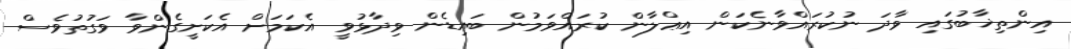
އިންތިޚާބުގައި ވާދަ ނުކުރައްވާނެކަން އިޢްލާން ކުރައްވަމުން ބައިޑެން ވިދާޅުވީ އެކަމަށް އެކަށީގެންވާ ވަގުތުވެސް